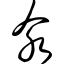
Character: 氽